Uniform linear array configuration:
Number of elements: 64
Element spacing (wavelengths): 0.25
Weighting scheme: kaiser
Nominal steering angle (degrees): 30
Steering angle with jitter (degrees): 28.647
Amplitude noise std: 0.05
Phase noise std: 0.05

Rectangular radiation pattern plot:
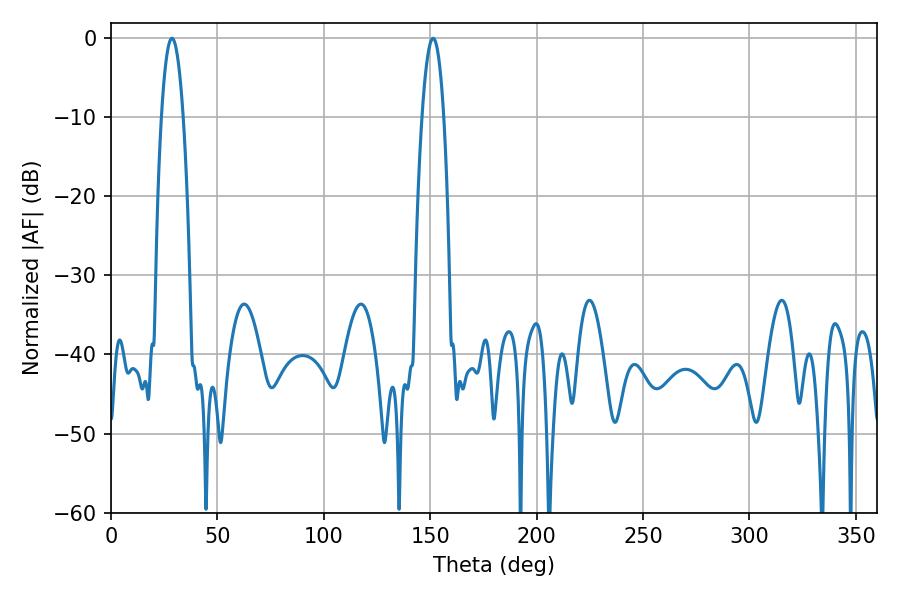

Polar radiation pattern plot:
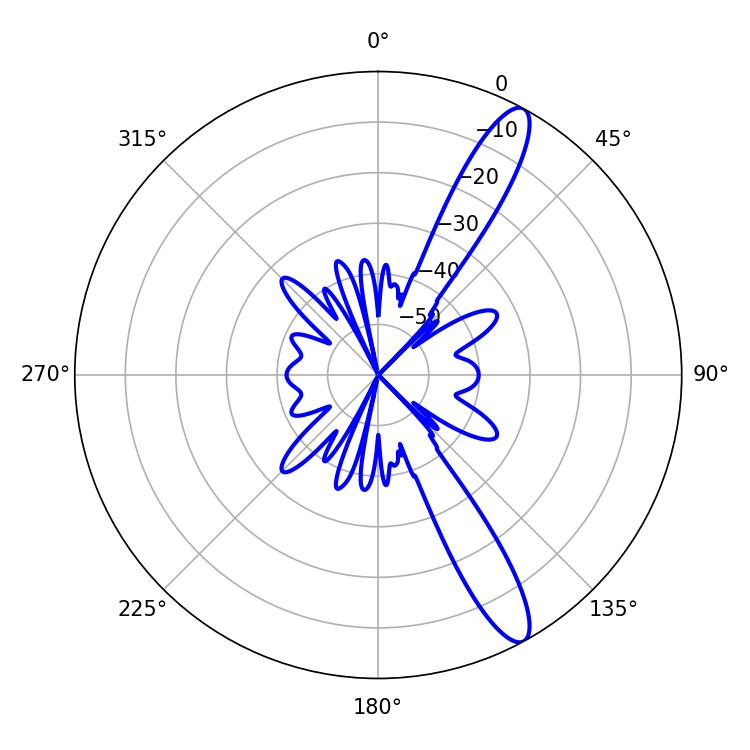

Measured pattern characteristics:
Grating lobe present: FALSE
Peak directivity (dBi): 12.922
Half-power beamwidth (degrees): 5.58
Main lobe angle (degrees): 28.62